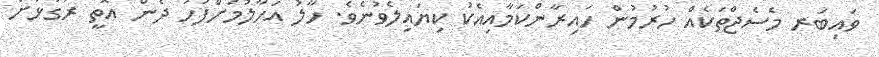
ވައިބަރ މެސެޖްތަކެއް ހުރުމުން ހައިރާންކަމާއިއެކު ކިޔައިލެވުނެވެ. ހާލު އަހާލުމަށްފަހު ދެން އޮތީ ރަގަޅަށް